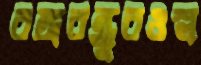
বঙ্গবন্ধুরওস্ল